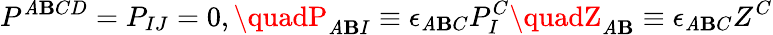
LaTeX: P^{\mathit{A}\mathbf{B}CD}=P_{IJ}=0,\quadP_{\mathit{A}\mathbf{B}I}\equiv\epsilon_{\mathit{A}\mathbf{B}C}P_{I}^{C}\quadZ_{\mathit{A}\mathbf{B}}\equiv\epsilon_{\mathit{A}\mathbf{B}C}Z^{C}